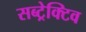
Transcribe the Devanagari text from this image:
सब्ट्रेक्टिव